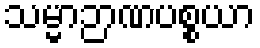
သမ္မာဉာဏပစ္စယာ